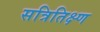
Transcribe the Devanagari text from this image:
सत्रितिक्ष्ण